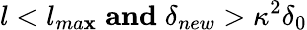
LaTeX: l<l_{ma\mathbf{x}}\; \mathbf{{and}}\; \delta_{new}>\kappa^{2}\delta_{0}